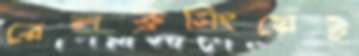
রেলক্রসিংয়েই